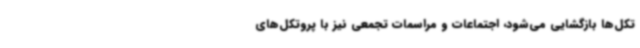
تکل‌ها بازگشایی می‌شود، اجتماعات و مراسمات تجمعی نیز با پروتکل‌های